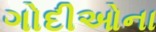
ગોદીઓના